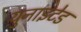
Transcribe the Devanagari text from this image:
य़ुनाइटेड